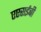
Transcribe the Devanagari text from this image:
एएसईबी